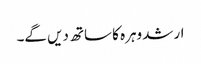
ارشد وہرہ کا ساتھ دیں گے۔